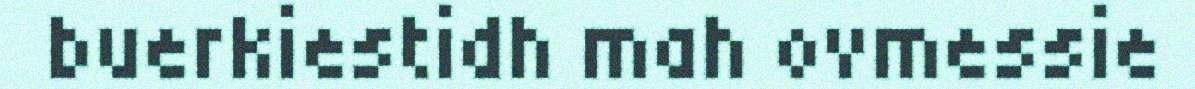
buerkiestidh mah ovmessie